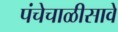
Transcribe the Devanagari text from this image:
पंचेचाळीसावे